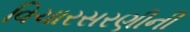
વિચારસરણીની